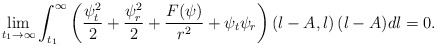
\begin{align*}\lim_{t_1\to\infty}\int_{t_1}^{\infty}\left(\frac{\psi_t^2}{2}+\frac{\psi_r^2}{2}+\frac{F(\psi)}{r^2}+\psi_t\psi_r\right)(l-A,l)\,(l-A)dl=0.\end{align*}